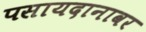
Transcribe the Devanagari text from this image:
पसायदानावर